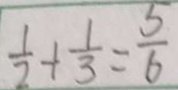
\frac { 1 } { 2 } + \frac { 1 } { 3 } = \frac { 5 } { 6 }